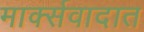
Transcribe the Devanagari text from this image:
मार्क्सवादात